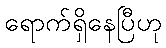
ရောက်ရှိနေပြီဟု